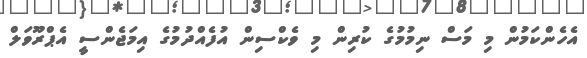
އެހެންކަމުން މި މަސް ނިމުމުގެ ކުރިން މި ވެކްސިން އުފެއްދުމުގެ އިމަޖެންސީ އެޕްރޫވަލް